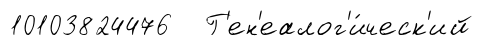
10103824476 Г'ен'еалог'и́ческ'ий